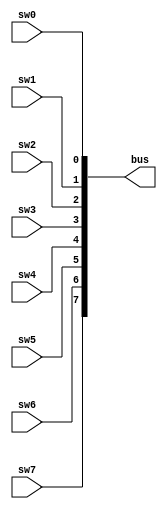


module switches_bus(
	input sw0,
  input sw1,
  input sw2,
  input sw3,
  input sw4,
  input sw5,
  input sw6,
  input sw7,

	output [7:0] bus
);

  assign bus[0] = sw0;
  assign bus[1] = sw1;
  assign bus[2] = sw2;
  assign bus[3] = sw3;
  assign bus[4] = sw4;
  assign bus[5] = sw5;
  assign bus[6] = sw6;
  assign bus[7] = sw7;

endmodule